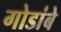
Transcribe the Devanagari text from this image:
गोडांबे